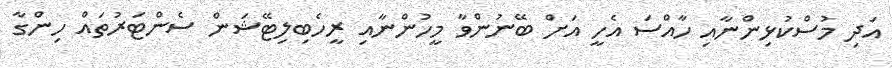
އަދި މުސްކުޅިންނާއި ހާއްސަ އެހީ އަށް ބޭނުންވާ މީހުންނާއި ރީހެބިލިޓޭޝަން ސެންޓަރުތައް ހިންގާ